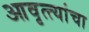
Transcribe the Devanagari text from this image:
आवृत्त्यांचा